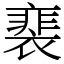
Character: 𧜏